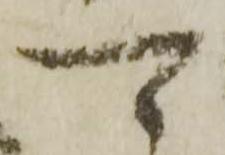
可